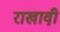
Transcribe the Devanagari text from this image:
राखावी़